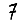
Digit: 7